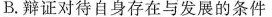
B.辩证对待自身存在与发展的条件